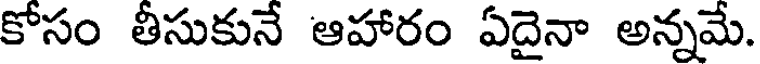
కోసం తీసుకునే ఆహారం ఏదైనా అన్నమే.